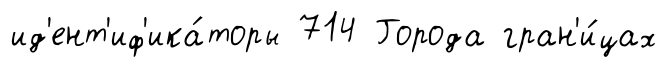
ид'ент'иф'ика́торы 714 Города гран'и́цах